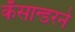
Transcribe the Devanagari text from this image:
कॅसान्डरने